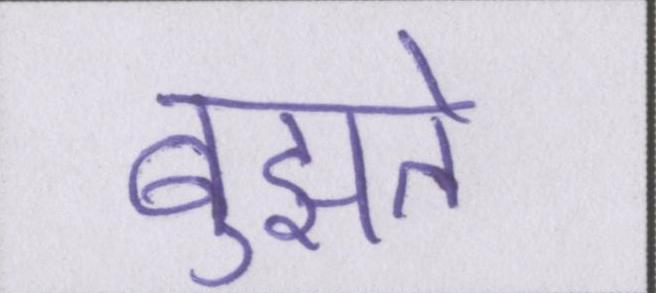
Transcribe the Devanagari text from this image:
बुझते